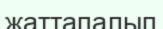
жаттапалып